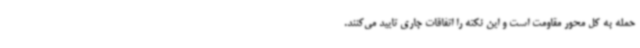
حمله به کل محور مقاومت است و این نکته را اتفاقات جاری تایید می‌کنند.